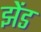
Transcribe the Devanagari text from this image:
झेंड